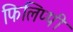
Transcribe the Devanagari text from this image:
फिलिप्पी